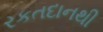
રકતદાનથી